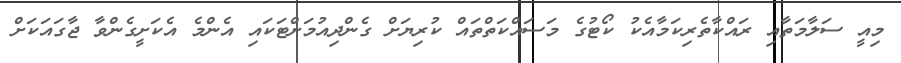
މިއީ ސަލާމަތާއި ރައްކާތެރިކަމާއެކު ކޯޓުގެ މަސައްކަތްތައް ކުރިޔަށް ގެންދިއުމަށްޓަކައި އެންމެ އެކަށީގެންވާ ޖާގައަކަށް